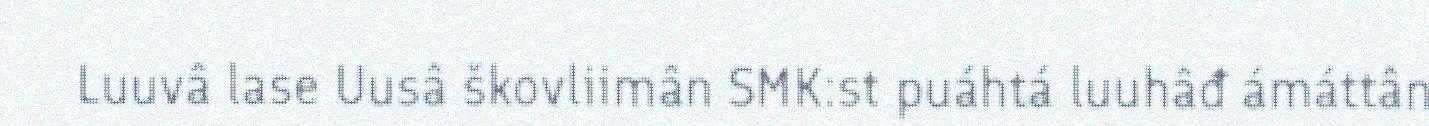
Luuvâ lase Uusâ škovliimân SMK:st puáhtá luuhâđ ámáttân